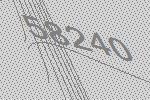
58240